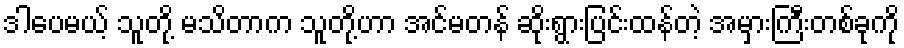
ဒါပေမယ့် သူတို့ မသိတာက သူတို့ဟာ အင်မတန် ဆိုးရွားပြင်းထန်တဲ့ အမှားကြီးတစ်ခုကို